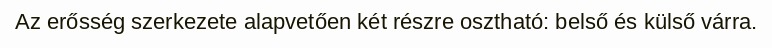
Az erősség szerkezete alapvetően két részre osztható: belső és külső várra.